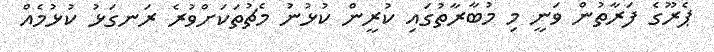
ޕެރޫގެ ފަރާތުން ވަނީ މި މުބާރާތުގައި ކުރީން ކުޅުނު މެޗުތަކަށްވުރެ ރަނގަޅު ކުޅުމެއް